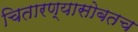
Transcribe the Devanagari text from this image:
चितारण्यासोबतच